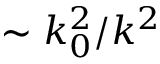
\sim { k _ { 0 } ^ { 2 } } / { k ^ { 2 } }